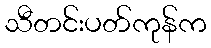
သီတင်းပတ်ကုန်က